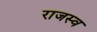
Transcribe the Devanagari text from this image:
राजस्व